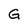
Character: G